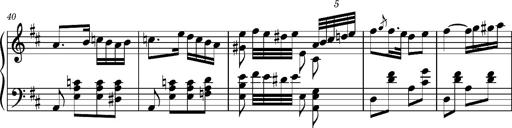
Title: Ungarischer Romanzero
Composer: Franz Liszt